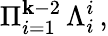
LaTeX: \Pi_{i=1}^{\mathbf{k}-2}\, \Lambda_{i}^{i}\, ,